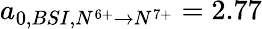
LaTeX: a_{0,BSI,N^{6+}\rightarrow N^{7+}}=2.77